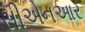
સીએનઆર